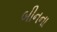
બીનના